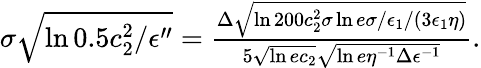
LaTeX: \begin{array}{r}{\sigma\sqrt{\ln{0.5c_{2}^{2}/\epsilon^{\prime\prime}}}=\frac{\Delta\sqrt{\ln{200c_{2}^{2}\sigma\ln{e\sigma/\epsilon_{1}}/(3\epsilon_{1}\eta)}}}{5\sqrt{\ln{ec_{2}}}\sqrt{\ln{e\eta^{-1}\Delta\epsilon^{-1}}}}.}\end{array}